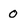
Character: 0